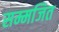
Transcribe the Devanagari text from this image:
सम्मजित